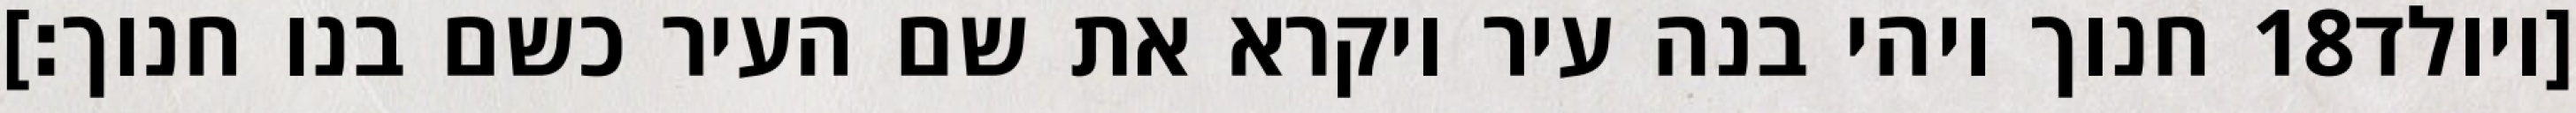
חנוך ויהי בנה עיר ויקרא את שם העיר כשם בנו חנוך׃] ‎18‏ [ויולד